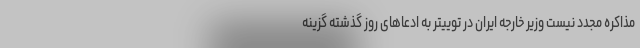
مذاکره مجدد نیست وزیر خارجه ایران در توییتر به ادعاهای روز گذشته گزینه